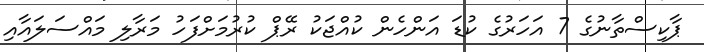
ޕާކިސްތާނުގެ 7 އަހަރުގެ ކުޑަ އަންހެން ކުއްޖަކު ރޭޕް ކުރުމަށްފަހު މަރާލި މައްސަލައާއި